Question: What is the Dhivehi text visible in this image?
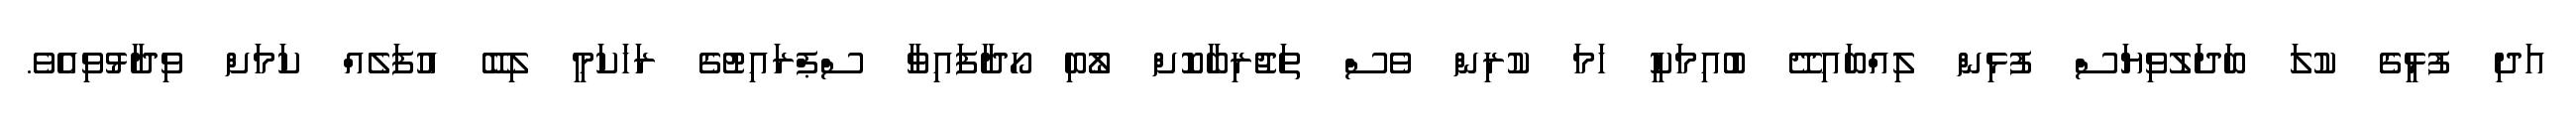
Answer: އަދި ފުޅީގެ ކުލަ ބަދަލުވިޔަސް ފުޅިން ލިއްބައިދޭ ބުއިމަކީ ހަމަ ކުރިން ވެސް ތަޖުރިބާކޮށް ލޯބި ހޯދާފައިވާ ސްޕްރައިޓުގެ ރަހަކަމީ ލިބޭ އުފަލެއް ކަމަށް ވިދާޅުވިއެވެ.